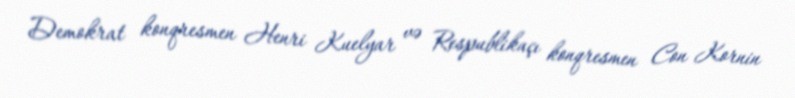
Demokrat konqresmen Henri Kuelyar və Respublikaçı konqresmen Con Kornin